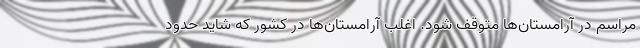
مراسم در آرامستان‌ها متوقف شود. اغلب آرامستان‌ها در کشور که شاید حدود